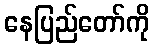
နေပြည်တော်ကို